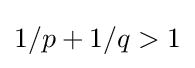
1/p+1/q>1